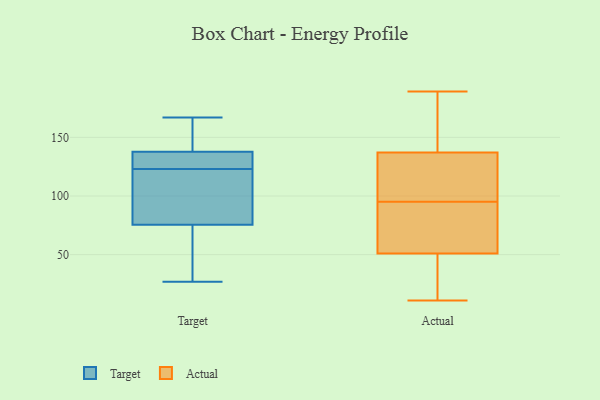
{"axis": {"x": "Humidity (%)", "y": "Value"}, "legend": ["Actual", "Target"], "data": [{"x": "", "y": 147, "type": "Target"}, {"x": "", "y": 153, "type": "Target"}, {"x": "", "y": 139, "type": "Target"}, {"x": "", "y": 38, "type": "Target"}, {"x": "", "y": 48, "type": "Target"}, {"x": "", "y": 73, "type": "Target"}, {"x": "", "y": 27, "type": "Target"}, {"x": "", "y": 134, "type": "Target"}, {"x": "", "y": 123, "type": "Target"}, {"x": "", "y": 167, "type": "Target"}, {"x": "", "y": 131, "type": "Target"}, {"x": "", "y": 107, "type": "Target"}, {"x": "", "y": 132, "type": "Target"}, {"x": "", "y": 87, "type": "Target"}, {"x": "", "y": 83, "type": "Target"}, {"x": "", "y": 69, "type": "Actual"}, {"x": "", "y": 166, "type": "Actual"}, {"x": "", "y": 80, "type": "Actual"}, {"x": "", "y": 81, "type": "Actual"}, {"x": "", "y": 160, "type": "Actual"}, {"x": "", "y": 51, "type": "Actual"}, {"x": "", "y": 136, "type": "Actual"}, {"x": "", "y": 32, "type": "Actual"}, {"x": "", "y": 67, "type": "Actual"}, {"x": "", "y": 112, "type": "Actual"}, {"x": "", "y": 111, "type": "Actual"}, {"x": "", "y": 11, "type": "Actual"}, {"x": "", "y": 137, "type": "Actual"}, {"x": "", "y": 32, "type": "Actual"}, {"x": "", "y": 189, "type": "Actual"}, {"x": "", "y": 46, "type": "Actual"}, {"x": "", "y": 138, "type": "Actual"}, {"x": "", "y": 109, "type": "Actual"}]}